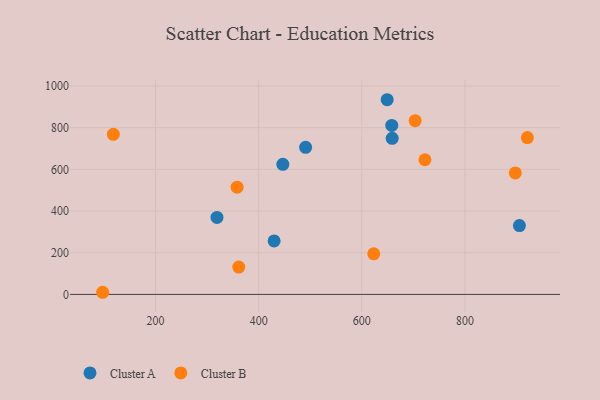
{"axis": {"x": "Engine Size", "y": "Profit"}, "legend": ["Cluster A", "Cluster B"], "data": [{"x": "658.2", "y": 810.7, "type": "Cluster A"}, {"x": "446.9", "y": 623.9, "type": "Cluster A"}, {"x": "430.0", "y": 256.7, "type": "Cluster A"}, {"x": "659.0", "y": 748.8, "type": "Cluster A"}, {"x": "649.3", "y": 934.0, "type": "Cluster A"}, {"x": "319.2", "y": 369.2, "type": "Cluster A"}, {"x": "491.1", "y": 705.6, "type": "Cluster A"}, {"x": "905.8", "y": 330.5, "type": "Cluster A"}, {"x": "703.6", "y": 833.5, "type": "Cluster B"}, {"x": "118.2", "y": 768.0, "type": "Cluster B"}, {"x": "722.5", "y": 646.0, "type": "Cluster B"}, {"x": "97.4", "y": 10.3, "type": "Cluster B"}, {"x": "358.2", "y": 514.5, "type": "Cluster B"}, {"x": "623.2", "y": 194.9, "type": "Cluster B"}, {"x": "897.8", "y": 582.9, "type": "Cluster B"}, {"x": "921.2", "y": 752.2, "type": "Cluster B"}, {"x": "361.4", "y": 131.0, "type": "Cluster B"}]}